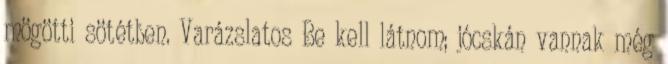
mögötti sötétben. Varázslatos Be kell látnom; jócskán vannak még